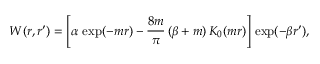
W ( r , r ^ { \prime } ) = \left[ \alpha \, \exp ( - m r ) - \frac { 8 m } { \pi } \, ( \beta + m ) \, K _ { 0 } ( m r ) \right] \, \exp ( - \beta r ^ { \prime } ) ,